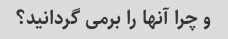
و چرا آنها را برمی گردانید؟